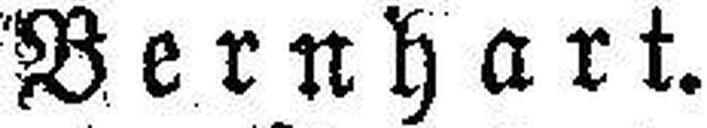
Bernhart.